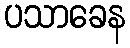
ပသာခေန